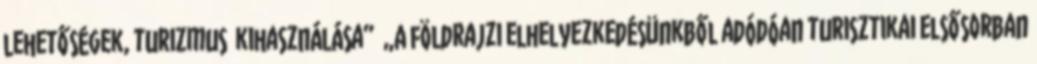
lehetőségek, turizmus kihasználása” ▪„A földrajzi elhelyezkedésünkből adódóan turisztikai elsősorban